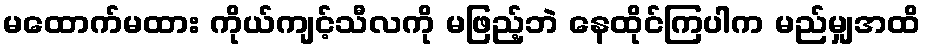
မထောက်မထား ကိုယ်ကျင့်သီလကို မဖြည့်ဘဲ နေထိုင်ကြပါက မည်မျှအထိ